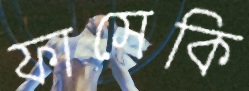
ফাসেকি